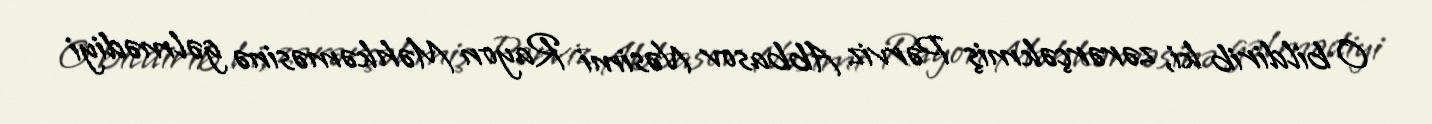
O bildirib ki, zərərçəkmiş Pərviz Abbasov Nəsimi Rayon Məhkəməsinə gəlmədiyi